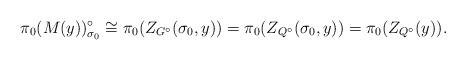
LaTeX: \begin{align*}\pi_0 (M(y))_{\sigma_0}^\circ \cong \pi_0 (Z_{G^\circ}(\sigma_0,y)) =\pi_0 (Z_{Q^\circ} (\sigma_0,y)) = \pi_0 (Z_{Q^\circ} (y)) .\end{align*}